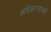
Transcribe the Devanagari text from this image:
अधिकार्‍यांनाही